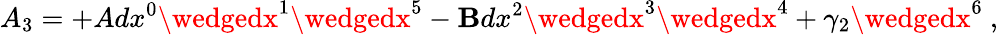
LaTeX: A_{3}=+Adx^{0}\wedgedx^{1}\wedgedx^{5}-\mathbf{B}dx^{2}\wedgedx^{3}\wedgedx^{4}+\gamma_{2}\wedgedx^{6}\ ,